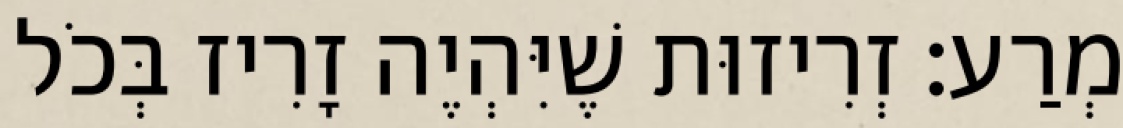
מְרַע: זְרִיזוּת שֶׁיִּהְיֶה זָרִיז בְּכֹל